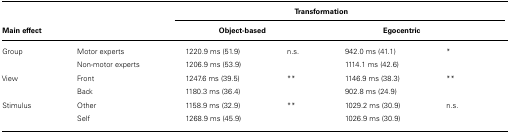
|  |  | <COLSPAN=4> Transformation |
 | Main effect | <COLSPAN=2>  | <COLSPAN=2> Object-based | <COLSPAN=2> Egocentric |
 | --- | --- | --- | --- | --- | --- |
 | Group | Motor experts | 1220.9 ms (51.9) | n.s. | 942.0 ms (41.1) | * |
 |  | Non-motor experts | 1206.9 ms (53.9) |  | 1114.1 ms (42.6) |
 | View | Front | 1247.6 ms (39.5) | ** | 1146.9 ms (38.3) | ** |
 |  | Back | 1180.3 ms (36.4) |  | 902.8 ms (24.9) |
 | Stimulus | Other | 1158.9 ms (32.9) | ** | 1029.2 ms (30.9) | n.s. |
 |  | Self | 1268.9 ms (45.9) |  | 1026.9 ms (30.9) |  |